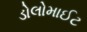
ડોલોમાઈટ